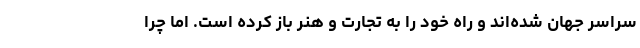
سراسر جهان شده‌اند و راه خود را به تجارت و هنر باز کرده است. اما چرا